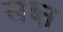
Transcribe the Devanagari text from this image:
सब्त